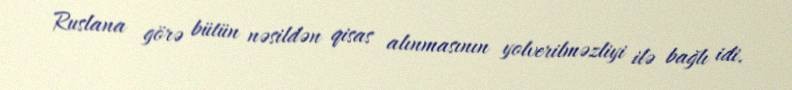
Ruslana görə bütün nəsildən qisas alınmasının yolverilməzliyi ilə bağlı idi.